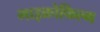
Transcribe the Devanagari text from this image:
माइक्रोफिल्‍म